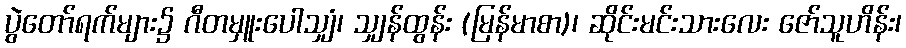
ပွဲတော်ရက်များ၌ ဂီတမှူးပေါသျှံ၊ သျှန်ထွန်း (မြန်မာစာ)၊ ဆိုင်းမင်းသားလေး ဇော်သူဟိန်း၊